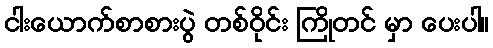
ငါးယောက်စာစားပွဲ တစ်ဝိုင်း ကြိုတင် မှာ ပေးပါ။